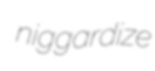
niggardize